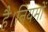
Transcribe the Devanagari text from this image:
है।नियमों